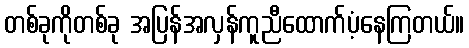
တစ်ခုကိုတစ်ခု အပြန်အလှန်ကူညီထောက်ပံ့နေကြတယ်။